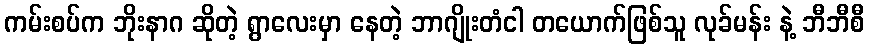
ကမ်းစပ်က ဘိုးနာဂ ဆိုတဲ့ ရွာလေးမှာ နေတဲ့ ဘာဂျိုးတံငါ တယောက်ဖြစ်သူ လုခ်မန်း နဲ့ ဘီဘီစီ